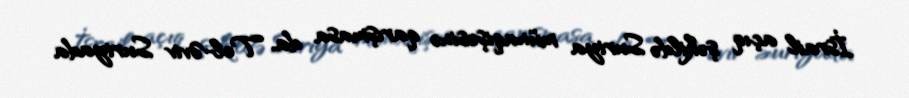
İsrail açıq şəkildə Suriya münaqişəsinə qarışmasa da, Tel-Əviv Suriyada